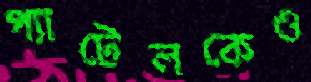
প্যাটেলকেও